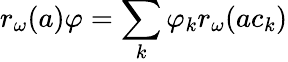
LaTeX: r_{\omega}(a)\varphi=\sum_{k}\varphi_{k}r_{\omega}(ac_{k})